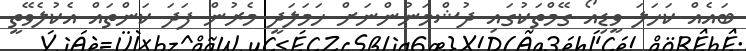
ބައެއް ކަހަލަ ވީޑިއޯ ގޭމްތަކުގައި ދުޝްމަނުންނަށް ހަމަލަދީ މެރުން ފަދަ ކަންތައް އެކުލެވޭތީ